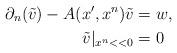
LaTeX: \begin{align*}\partial_{n}(\tilde{v}) -A(x^{\prime},x^{n})\tilde{v} &=w,\\\tilde{v}|_{x^n<< 0} &= 0\end{align*}